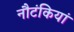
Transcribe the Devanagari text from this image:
नौटंकियां